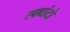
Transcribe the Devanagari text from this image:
स्क्वांटो